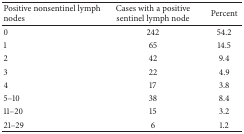
| Positive nonsentinel lymph nodes | Cases with a positive sentinel lymph node | Percent |
 | --- | --- | --- |
 | 0 | 242 | 54.2 |
 | 1 | 65 | 14.5 |
 | 2 | 42 | 9.4 |
 | 3 | 22 | 4.9 |
 | 4 | 17 | 3.8 |
 | 5–10 | 38 | 8.4 |
 | 11–20 | 15 | 3.2 |
 | 21–29 | 6 | 1.2 |